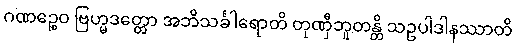
ဂဏဉ္စေဝ ဗြဟ္မဒတ္တော အဘိသင်္ခါရောတိ တုဏှီဘူတန္တိ သဥပါဒါနဿာတိ